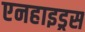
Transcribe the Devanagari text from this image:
एनहाइड्रस